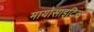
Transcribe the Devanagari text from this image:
मायोसाइटिस